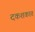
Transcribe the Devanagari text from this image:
दकशकात